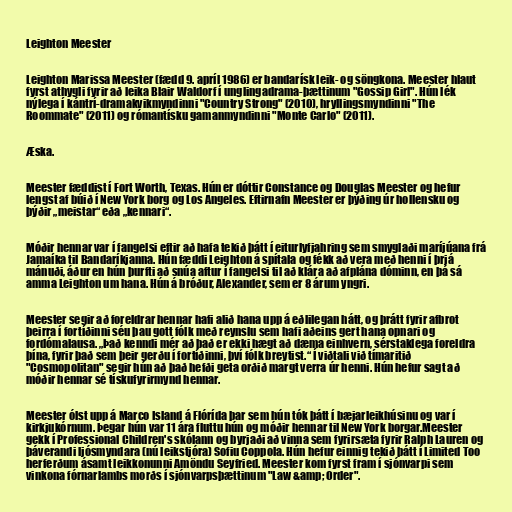
Leighton Meester

Leighton Marissa Meester (fædd 9. apríl 1986) er bandarísk leik- og söngkona. Meester hlaut
fyrst athygli fyrir að leika Blair Waldorf í unglingadrama-þættinum "Gossip Girl". Hún lék
nýlega í kántrí-dramakvikmyndinni "Country Strong" (2010), hryllingsmyndinni "The
Roommate" (2011) og rómantísku gamanmyndinni "Monte Carlo" (2011).

Æska.

Meester fæddist í Fort Worth, Texas. Hún er dóttir Constance og Douglas Meester og hefur
lengst af búið í New York borg og Los Angeles. Eftirnafn Meester er þýðing úr hollensku og
þýðir „meistar“ eða „kennari“.

Móðir hennar var í fangelsi eftir að hafa tekið þátt í eiturlyfjahring sem smyglaði maríjúana frá
Jamaíka til Bandaríkjanna. Hún fæddi Leighton á spítala og fékk að vera með henni í þrjá
mánuði, áður en hún þurfti að snúa aftur í fangelsi til að klára að afplána dóminn, en þá sá
amma Leighton um hana. Hún á bróður, Alexander, sem er 8 árum yngri.

Meester segir að foreldrar hennar hafi alið hana upp á eðlilegan hátt, og þrátt fyrir afbrot
þeirra í fortíðinni séu þau gott fólk með reynslu sem hafi aðeins gert hana opnari og
fordómalausa. „Það kenndi mér að það er ekki hægt að dæma einhvern, sérstaklega foreldra
þína, fyrir það sem þeir gerðu í fortíðinni, því fólk breytist.“ Í viðtali við tímaritið
"Cosmopolitan" segir hún að það hefði geta orðið margt verra úr henni. Hún hefur sagt að
móðir hennar sé tískufyrirmynd hennar.

Meester ólst upp á Marco Island á Flórída þar sem hún tók þátt í bæjarleikhúsinu og var í
kirkjukórnum. Þegar hún var 11 ára fluttu hún og móðir hennar til New York borgar.Meester
gekk í Professional Children's skólann og byrjaði að vinna sem fyrirsæta fyrir Ralph Lauren og
þáverandi ljósmyndara (nú leikstjóra) Sofiu Coppola. Hún hefur einnig tekið þátt í Limited Too
herferðum ásamt leikkonunni Amöndu Seyfried. Meester kom fyrst fram í sjónvarpi sem
vinkona fórnarlambs morðs í sjónvarpsþættinum "Law &amp; Order".